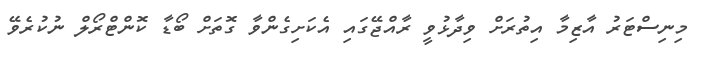
މިނިސްޓަރު އާޒިމާ އިތުރަށް ވިދާޅުވީ ރާއްޖޭގައި އެކަށިގެންވާ ގޮތަށް ބޯޑާ ކޮންޓްރޯލް ނުކުރެވޭ